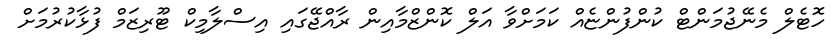
ހޮޓެލް މެނޭޖުމަންޓް ކުންފުންޏެއް ކަމަށްވާ އަލް ކޮންޒްމާއިން ރާއްޖޭގައި އިސްލާމިކް ޓޫރިޒަމް ފުޅާކުރުމަށް